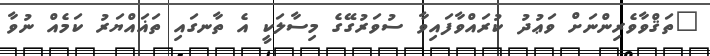
"ތަޤްވާވެރިންނަށް ވަޢުދު ކުރައްވާފައިވާ ސުވަރުގޭގެ މިސާލަކީ އެ ތާނގައި ތަޣައްޔަރު ކަމެއް ނުވާ